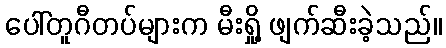
ပေါ်တူဂီတပ်များက မီးရှို့ ဖျက်ဆီးခဲ့သည်။